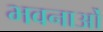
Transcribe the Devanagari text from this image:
भवनाओं